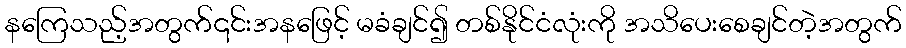
နကြေသည့်အတွက်၎င်းအနဖြေင့် မခံချင်၍ တစ်နိုင်ငံလုံးကို အသိပေးစေချင်တဲ့အတွက်